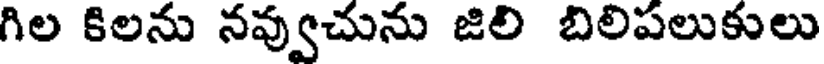
గిల కిలను నవ్వుచును జిలి బిలిపలుకులు